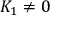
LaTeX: K _ { 1 } \neq 0